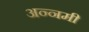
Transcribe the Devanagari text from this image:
अन्नमी